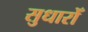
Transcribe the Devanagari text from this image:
सुधारोँ